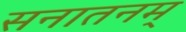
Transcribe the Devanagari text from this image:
सनातनम्